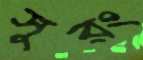
সুরং